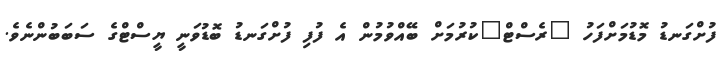
ފުށްގަނޑު މޮޑުމަށްފަހު "ރެސްޓް"ކުރުމަށް ބޭއްވުމުން އެ ފުފި ފުށްގަނޑު ބޮޑުވަަނީ ޔީސްޓްގެ ސަބަބުންނެވެ.